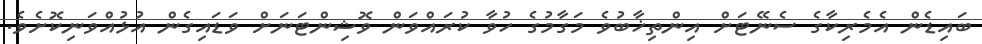
ބައިޑެން އެމެރިކާގެ ސެނޭޓަށް އިންތިޚާބުވެ މަގާމުގެ ހުވާ ކުރައްވަން ވޮޝިންޓަނަށް ވަޑައިގެން އުޅުއްވަނިކޮށެވެ.